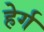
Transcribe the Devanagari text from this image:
हेर्ग